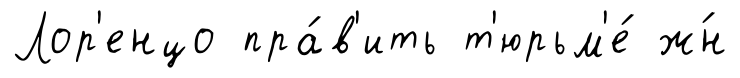
Лор'енцо пра́в'ить т'юрьм'е́ ж́н